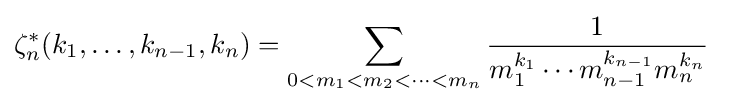
\zeta _{n}^{*}(k_{1},\dots ,k_{n-1},k_{n})=\sum _{0<m_{1}<m_{2}<\cdots <m_{n}}{\frac {1}{m_{1}^{k_{1}}\cdots m_{n-1}^{k_{n-1}}m_{n}^{k_{n}}}}\